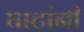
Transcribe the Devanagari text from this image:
घाटांनी